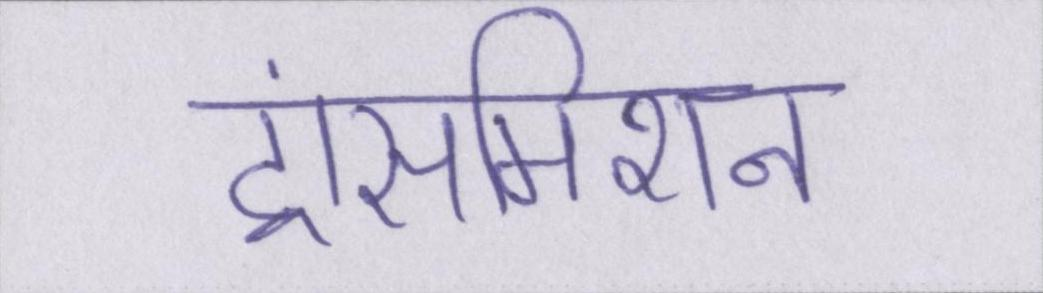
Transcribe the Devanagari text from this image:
ट्रांसमिशन